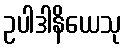
ဥပါဒါနိယေသု